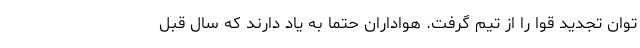
توان تجدید قوا را از تیم گرفت. هواداران حتما به یاد دارند که سال قبل